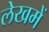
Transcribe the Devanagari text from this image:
लेखमें